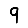
Digit: 9